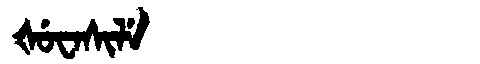
Manchu: ᡧᡠᠸᠠᠰᡳᠯᡝ
Romanization: ŠUWASILE